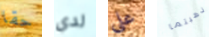
حقا لدي على ذهبتما